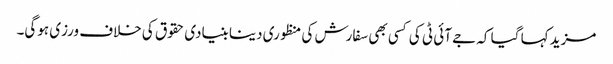
مزید کہا گیا کہ جے آئی ٹی کی کسی بھی سفارش کی منظوری دینا بنیادی حقوق کی خلاف ورزی ہوگی۔